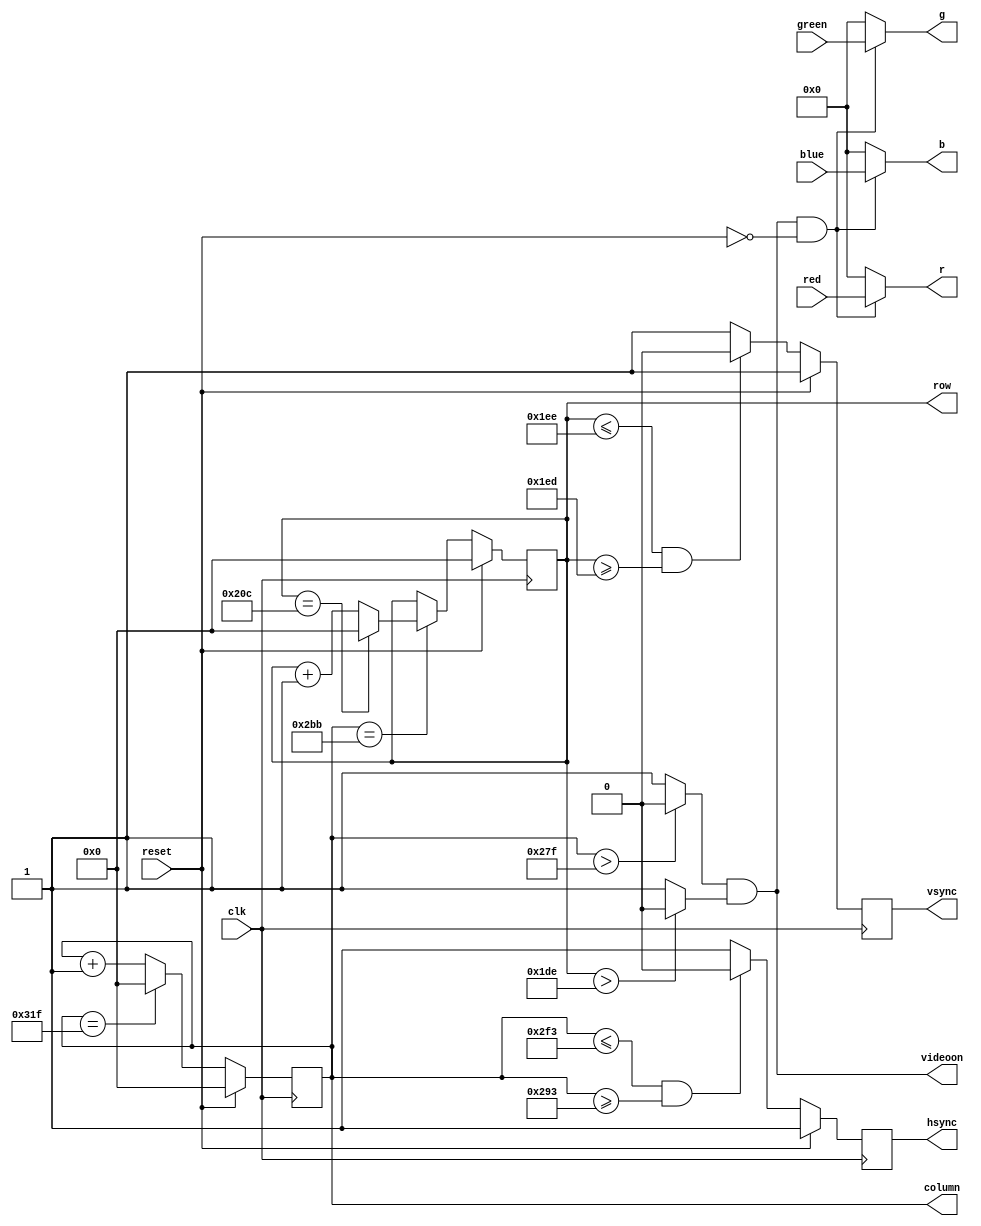
module PixelLogic (clk, reset, red, green, blue, r, g, b, hsync, vsync, row, column, videoon);

input clk, reset;
input [7:0] red, green, blue;

output reg hsync, vsync;
output [7:0] r, g, b;

output [9:0] row;
output [9:0] column;

output reg videoon;

reg videov, videoh;
reg [9:0] hcount, vcount;

assign row = vcount;
assign column = hcount;

// hcounter

always @(posedge clk)
begin
	if (reset)
		hcount <= 0;
	else
	begin
		if (hcount == 799)
			hcount <= 0;
		else
			hcount <= hcount + 10'd1;
	end
end

always @(hcount)
begin
	if (hcount > 639)
	begin
		videoh = 1'b0;
	end
	else
	begin
		videoh = 1'b1;
	end
end

// vcounter

always @(posedge clk)
begin
	if (reset)
		vcount <= 0;
	else
	begin
		if (hcount==699)
			if (vcount == 524)
				vcount <= 0;
			else
				vcount <= vcount + 10'd1;
	end
end

always @(vcount)
begin
	if (vcount > 478)
	begin
		videov = 1'b0;
	end
	else
	begin
		videov = 1'b1;
	end

end

// sync

always @(posedge clk)
begin
	if (reset)
	begin
		hsync <= 1'b1;
		vsync <= 1'b1;
	end
	else
	begin
		if ((hcount <= 755) && (hcount >= 659))
			hsync <= 1'b0;
		else
			hsync <= 1'b1;
		
		if ((vcount <= 494) && (vcount >= 493))
			vsync <= 1'b0;
		else
			vsync <= 1'b1;
	end
end

always @(*)
begin
	videoon <= videoh && videov;
end

// colors

assign r = (videoon & ~reset) ? red : 8'd0;
assign g = (videoon & ~reset) ? green : 8'd0;
assign b = (videoon & ~reset) ? blue : 8'd0;

//always @(posedge clk)
//begin
//	if (reset)
//	begin
//		r <= 0;
//		g <= 0;
//		b <= 0;
//	end
//	else
//	begin
//		if (videoon == 1'b1)
//		begin
//			r <= red;
//			g <= green;
//			b <= blue;		
//		end
//		else
//		begin
//			r <= 0;
//			g <= 0;
//			b <= 0;		
//		end
//		
//	end
//end

endmodule